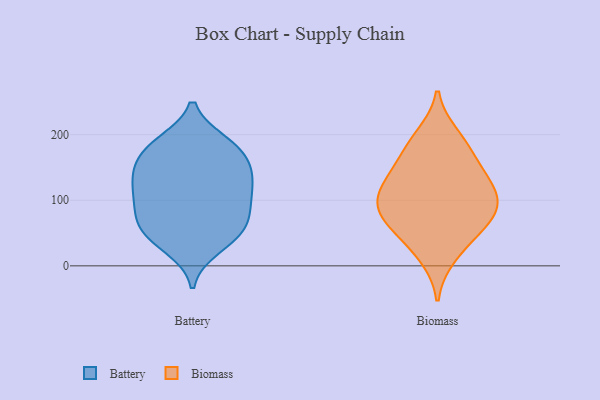
{"axis": {"x": "LTV (USD)", "y": "Value"}, "legend": ["Battery", "Biomass"], "data": [{"x": "", "y": 43, "type": "Battery"}, {"x": "", "y": 150, "type": "Battery"}, {"x": "", "y": 52, "type": "Battery"}, {"x": "", "y": 186, "type": "Battery"}, {"x": "", "y": 133, "type": "Battery"}, {"x": "", "y": 178, "type": "Battery"}, {"x": "", "y": 148, "type": "Battery"}, {"x": "", "y": 174, "type": "Battery"}, {"x": "", "y": 126, "type": "Battery"}, {"x": "", "y": 86, "type": "Battery"}, {"x": "", "y": 63, "type": "Battery"}, {"x": "", "y": 52, "type": "Battery"}, {"x": "", "y": 101, "type": "Battery"}, {"x": "", "y": 81, "type": "Battery"}, {"x": "", "y": 187, "type": "Battery"}, {"x": "", "y": 103, "type": "Battery"}, {"x": "", "y": 128, "type": "Battery"}, {"x": "", "y": 28, "type": "Battery"}, {"x": "", "y": 118, "type": "Biomass"}, {"x": "", "y": 59, "type": "Biomass"}, {"x": "", "y": 14, "type": "Biomass"}, {"x": "", "y": 162, "type": "Biomass"}, {"x": "", "y": 92, "type": "Biomass"}, {"x": "", "y": 89, "type": "Biomass"}, {"x": "", "y": 80, "type": "Biomass"}, {"x": "", "y": 75, "type": "Biomass"}, {"x": "", "y": 119, "type": "Biomass"}, {"x": "", "y": 41, "type": "Biomass"}, {"x": "", "y": 122, "type": "Biomass"}, {"x": "", "y": 186, "type": "Biomass"}, {"x": "", "y": 199, "type": "Biomass"}, {"x": "", "y": 147, "type": "Biomass"}]}